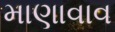
માણાવાવ